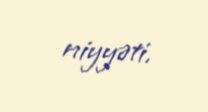
niyyəti.